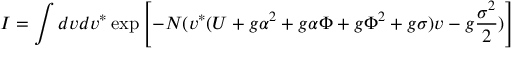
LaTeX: I = \int d v d v ^ { \ast } \exp \left[ - N ( v ^ { \ast } ( U + g \alpha ^ { 2 } + g \alpha \Phi + g \Phi ^ { 2 } + g \sigma ) v - g { \frac { \sigma ^ { 2 } } { 2 } } ) \right]